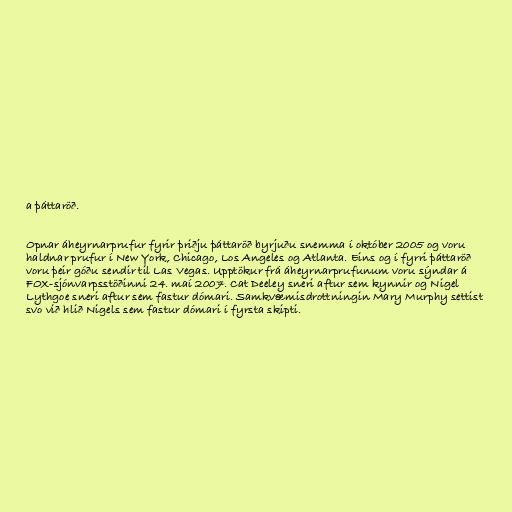
a þáttaröð.

Opnar áheyrnarprufur fyrir þriðju þáttaröð byrjuðu snemma í október 2005 og voru
haldnar prufur í New York, Chicago, Los Angeles og Atlanta. Eins og í fyrri þáttaröð
voru þeir góðu sendir til Las Vegas. Upptökur frá áheyrnarprufunum voru sýndar á
FOX-sjónvarpsstöðinni 24. maí 2007. Cat Deeley sneri aftur sem kynnir og Nigel
Lythgoe sneri aftur sem fastur dómari. Samkvæmisdrottningin Mary Murphy settist
svo við hlið Nigels sem fastur dómari í fyrsta skipti.